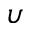
\upsilon